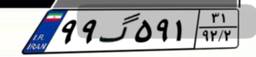
۹۹گ۵۹۱۳۱